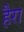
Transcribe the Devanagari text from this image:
हैरा